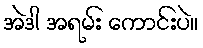
အဲဒါ အရမ်း ကောင်းပဲ။